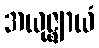
အယုဇ္ဈာယံ